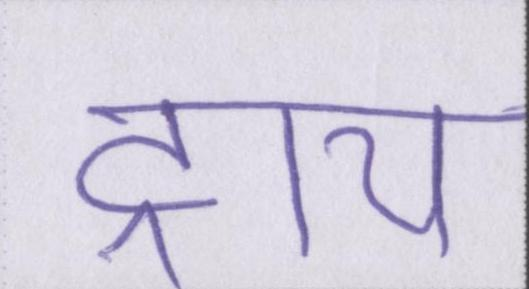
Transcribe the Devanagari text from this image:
ट्राय